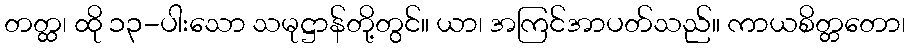
တတ္ထ၊ ထို ၁၃-ပါးသော သမုဋ္ဌာန်တို့တွင်။ ယာ၊ အကြင်အာပတ်သည်။ ကာယစိတ္တတော၊